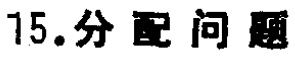
15. 分配问题